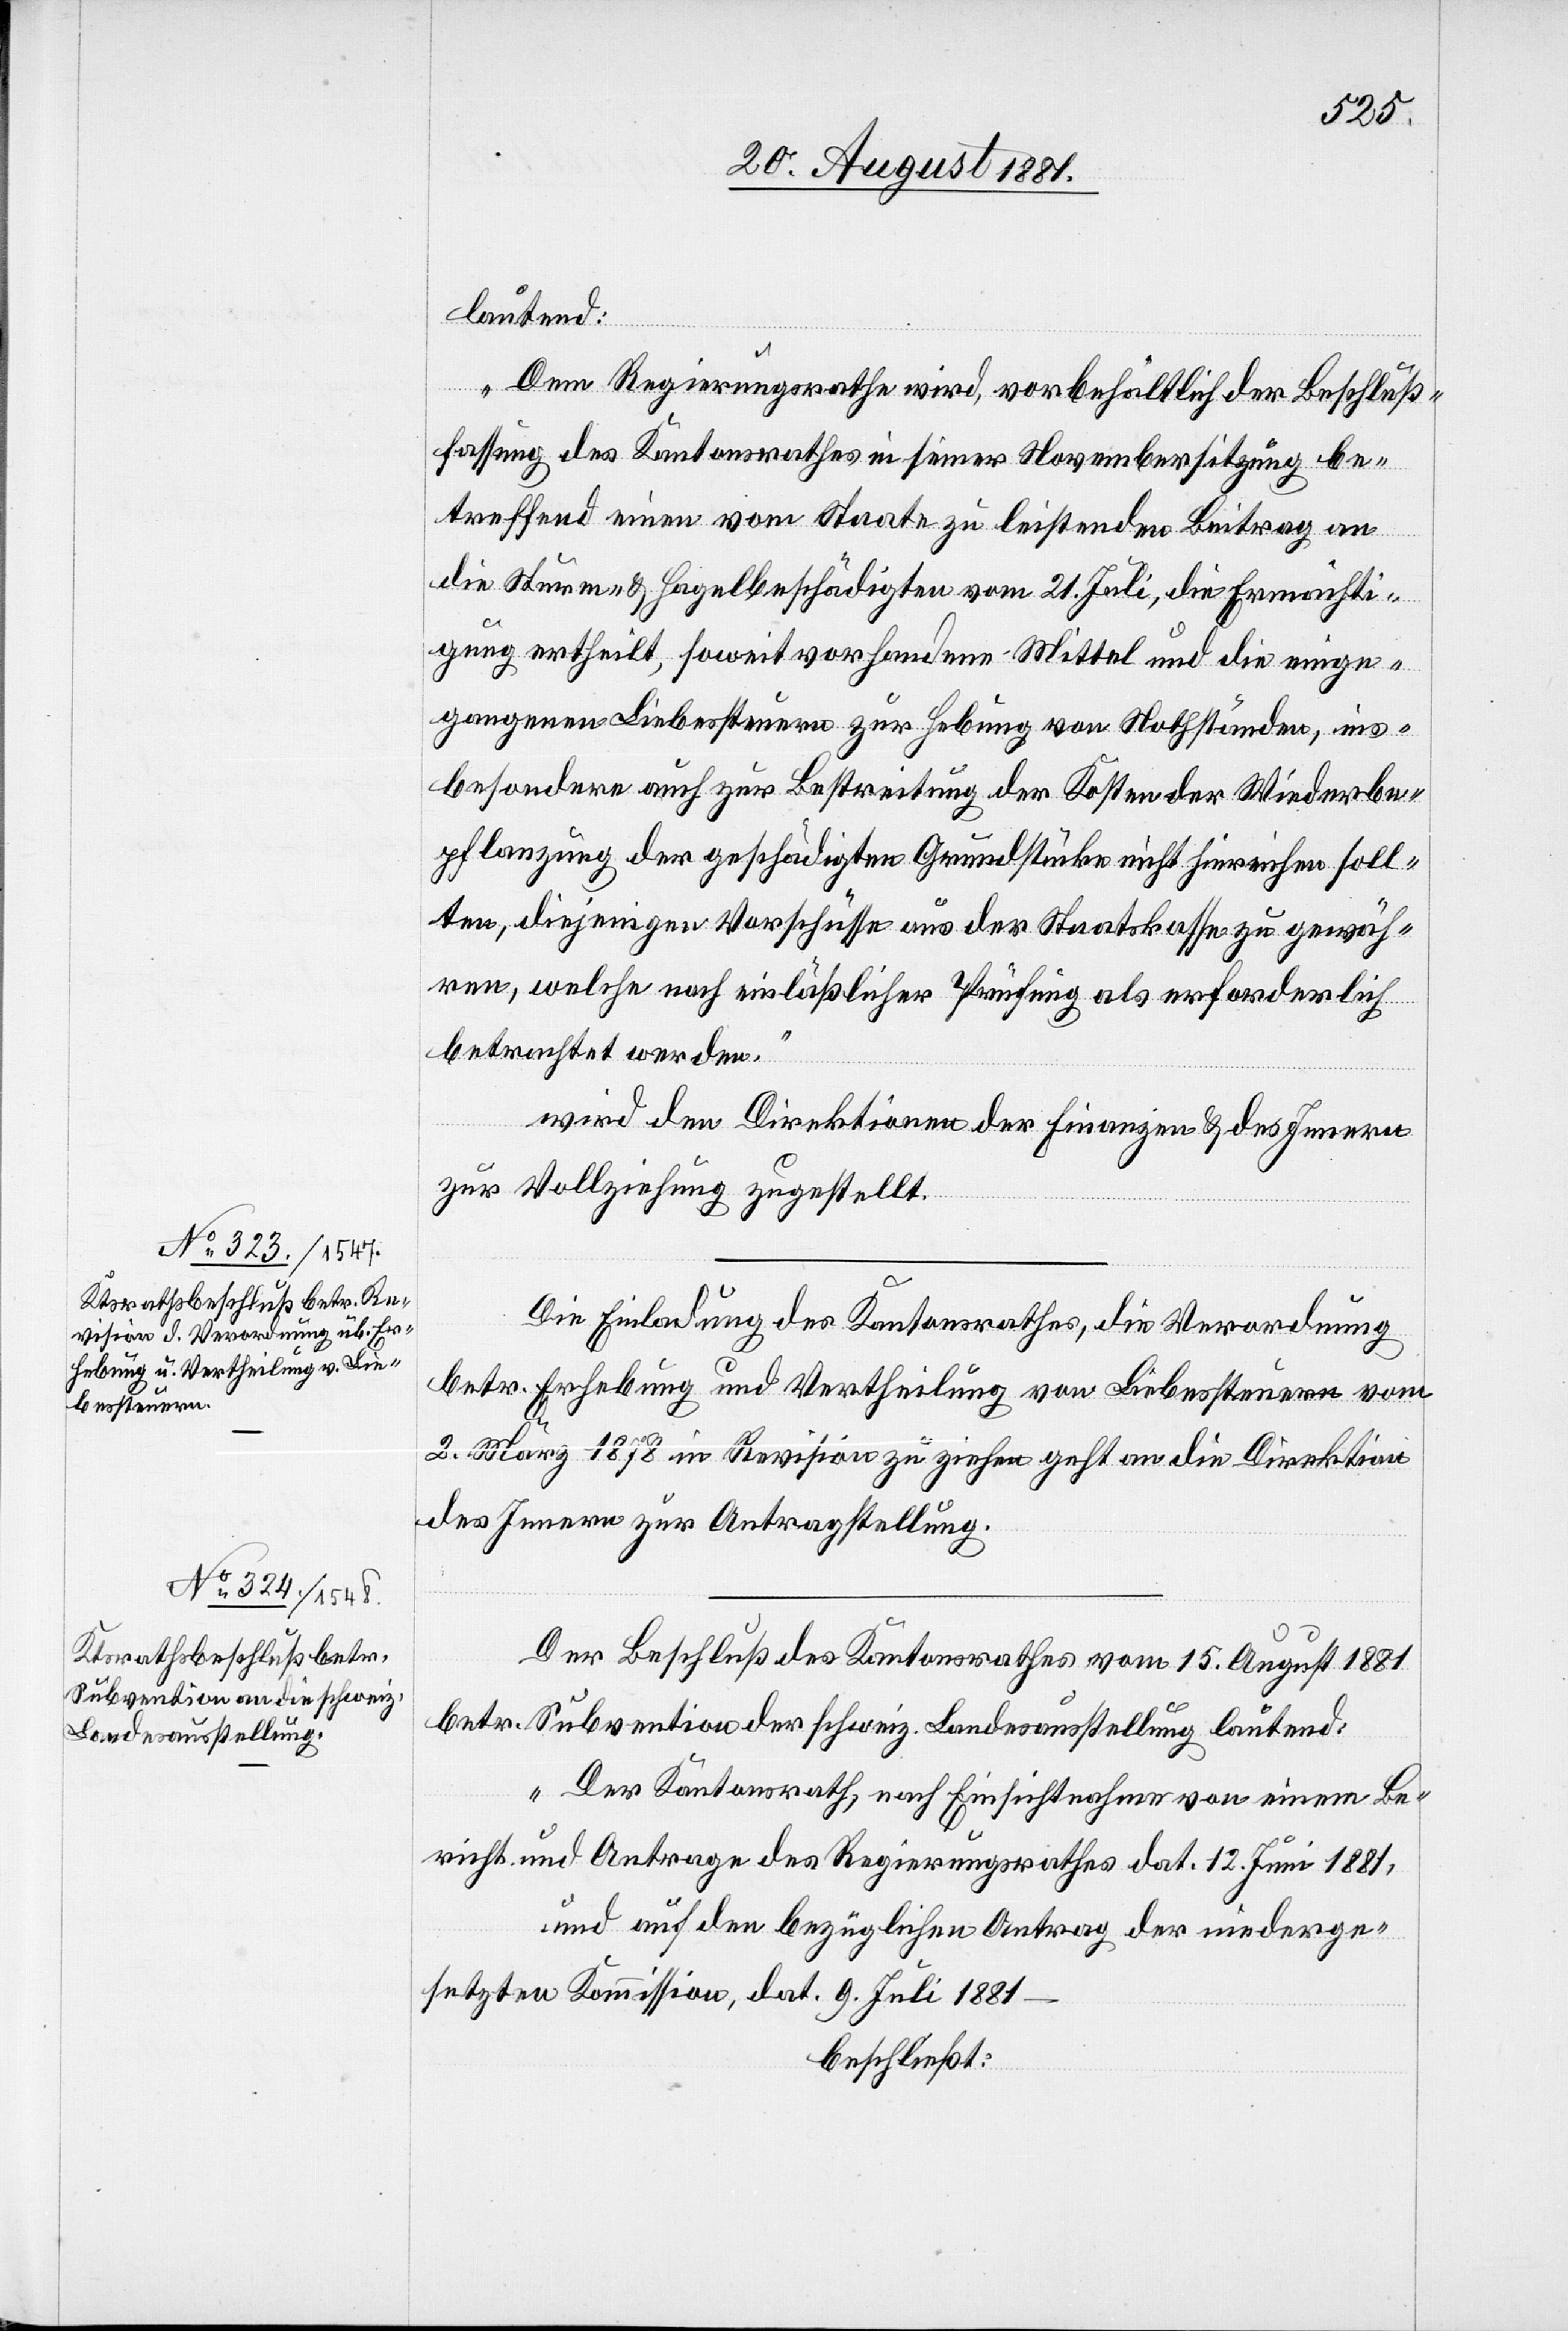
lautend:
wird
„Dem Regierungsrathe wird, vorbehältich der Beschluß¬
fassung des Kantonsrathes in seiner Novembersitzung be¬
treffend einen vom Staate zu leistenden Beitrag an
die Sturm- & Hagelbeschädigten vom 21. Juli, die Ermächti¬
gung ertheilt, soweit vorhandene Mittel und die einge¬
gangenen Liebessteuern zur Hebung von Nothständen, ins¬
besondere auch zur Bestreitung der Kosten der Wiederbe¬
pflanzung der geschädigten Grundstücke nicht hinreichen soll¬
ten, diejenigen Vorschüsse aus der Staatskasse zu gewäh¬
ren, welche nach einläßlicher Prüfung als erforderlich
betrachtet werden.“
[sic!] den Direktionen der Finanzen & des Innern
zur Vollziehung zugestellt.
Die Einladung des Kantonsrathes, die Verordnung
betr. Erhebung und Vertheilung von Liebessteuern vom
2. März 1878 in Revision zu ziehen geht an die Direktion
des Innern zur Antragstellung.
Der Beschluß des Kantonsrathes vom 15. August 1881
betr. Subvention der schweiz. Landesausstellung lautend:
„Der Kantonsrath, nach Einsichtnahme von einem Be¬
richt und Antrage des Regierungsrathes dat. 12. Juni 1881,
und auf den bezüglichen Antrag der niederge¬
setzten Kommission, dat. 9. Juli 1881
beschließt: